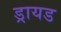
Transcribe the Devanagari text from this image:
ड्रायड